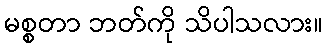
မစ္စတာ ဘတ်ကို သိပါသလား။